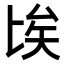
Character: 𠤘